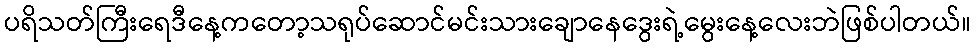
ပရိသတ်ကြီးရေဒီနေ့ကတော့သရုပ်ဆောင်မင်းသားချောနေဒွေးရဲ့မွေးနေ့လေးဘဲဖြစ်ပါတယ်။